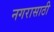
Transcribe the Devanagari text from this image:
नगरासाठी